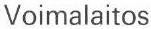
Voimalaitos